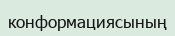
конформациясының